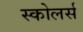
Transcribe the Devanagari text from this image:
स्कोलर्स